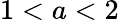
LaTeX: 1<a<2